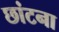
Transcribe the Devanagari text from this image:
छांटना